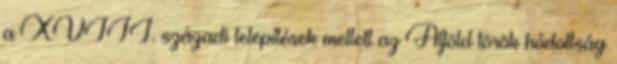
a XVIII. századi telepítések mellett az Alföld török hódoltság